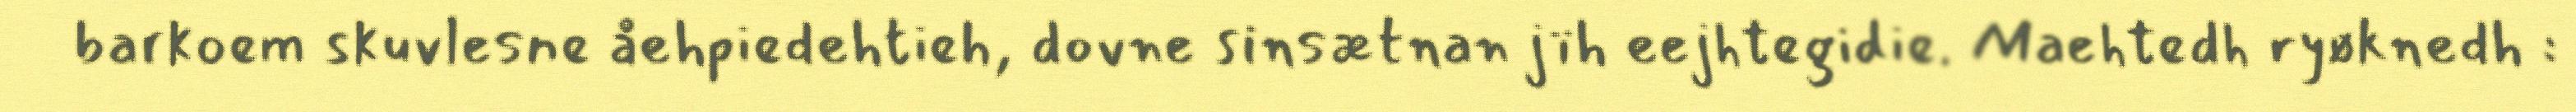
barkoem skuvlesne åehpiedehtieh, dovne sinsætnan jïh eejhtegidie. Maehtedh ryøknedh :